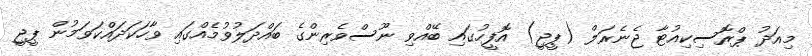
މިއަދު ޕްރޮސިކިއުޓާ ޖެނެރަލް (ޕީޖީ) އޮފީހުގައި ބޭއްވި ނޫސްވެރިންގެ ބައްދަލުވުމެއްގައި ވާހަކަދައްކަވަމުން ޕީޖީ